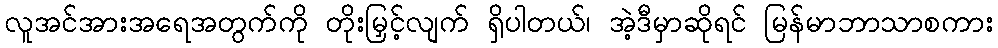
လူအင်အားအရေအတွက်ကို တိုးမြှင့်လျက် ရှိပါတယ်၊ အဲ့ဒီမှာဆိုရင် မြန်မာဘာသာစကား